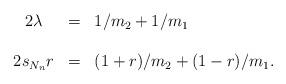
LaTeX: \begin{align*}\begin{array}{ccl}2\lambda& = & 1/m_2+1/m_1\\\\2s_{N_n}r &=& (1+r)/m_2 + (1-r)/m_1.\end{array}\end{align*}